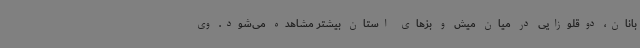
بانان، دوقلوزایی در میان میش و بزهای استان بیشتر مشاهده می‌شود. وی